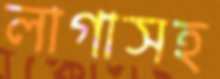
লাগাসহ